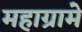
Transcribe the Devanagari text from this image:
महाग्रामे